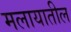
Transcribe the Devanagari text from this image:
मलायातील